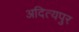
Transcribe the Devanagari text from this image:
अदित्यपुर